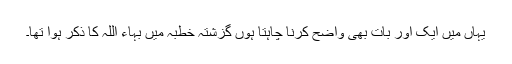
یہاں مَیں ایک اور بات بھی واضح کرنا چاہتا ہوں گزشتہ خطبہ میں بہاء اللہ کا ذکر ہوا تھا۔